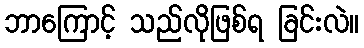
ဘာကြောင့် သည်လိုဖြစ်ရ ခြင်းလဲ။